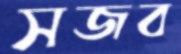
সজব